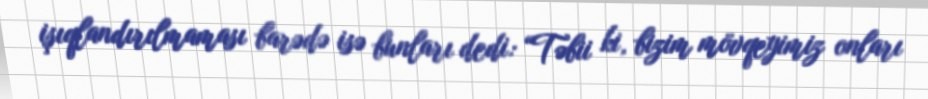
işıqlandırılmaması barədə isə bunları dedi: “Təbii ki, bizim mövqeyimiz onları